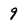
Character: 9